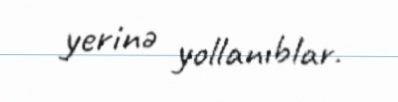
yerinə yollanıblar.